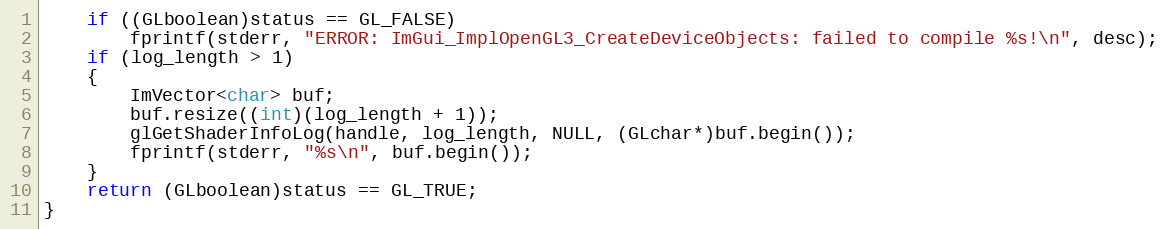
Language: C++
    if ((GLboolean)status == GL_FALSE)
        fprintf(stderr, "ERROR: ImGui_ImplOpenGL3_CreateDeviceObjects: failed to compile %s!\n", desc);
    if (log_length > 1)
    {
        ImVector<char> buf;
        buf.resize((int)(log_length + 1));
        glGetShaderInfoLog(handle, log_length, NULL, (GLchar*)buf.begin());
        fprintf(stderr, "%s\n", buf.begin());
    }
    return (GLboolean)status == GL_TRUE;
}